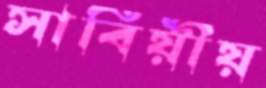
সার্বিয়ীয়